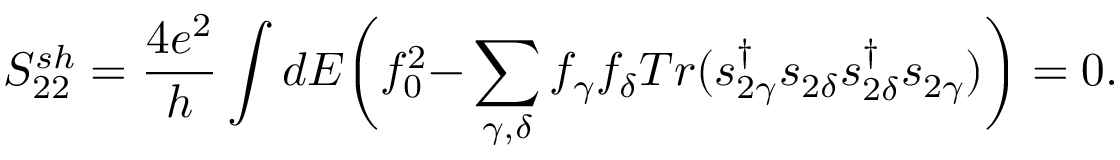
{ S _ { 2 2 } ^ { s h } = \frac { 4 e ^ { 2 } } { h } \int d E \bigg ( f _ { 0 } ^ { 2 } } { - \sum _ { \gamma , \delta } f _ { \gamma } f _ { \delta } T r ( s _ { 2 \gamma } ^ { \dagger } s _ { 2 \delta } s _ { 2 \delta } ^ { \dagger } s _ { 2 \gamma } ) \bigg ) } = 0 .